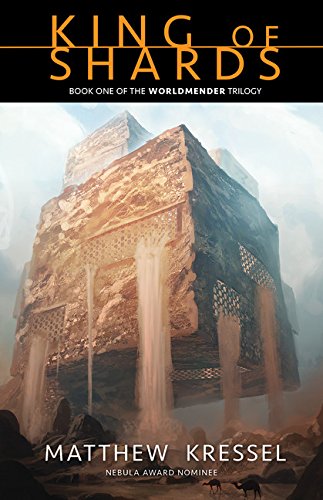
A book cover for King of Shards (The Worldmender Trilogy); Matthew Kressel; Science Fiction & Fantasy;